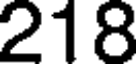
218